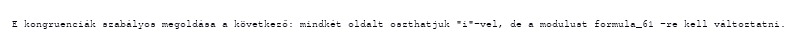
E kongruenciák szabályos megoldása a következő: mindkét oldalt oszthatjuk "i"-vel, de a modulust formula_61 -re kell változtatni.